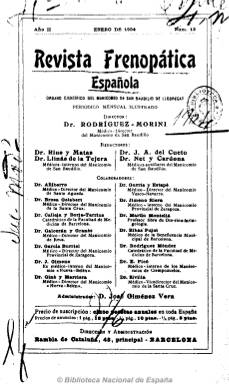
Título: Revista frenopática española
Colección: Medicina
Ámbito geográfico: Barcelona
Lugar de publicación: Barcelona
Fechas: 01/01/1904-31/12/1912

Una de las principales fuentes de producción de literatura científico-psiquiátrica de la época. Se publica como órgano de los manicomios de la Orden de San Juan de Dios de San Baudilio de Llobregat (Barcelona), Ciempozuelos (Madrid), Santa Águeda (Guipúzcoa) y Palencia, dirigida por una de las figuras más destacadas de la psiquiatría catalana, el doctor Antonio Rodríguez Morini (1863-1937). Contó con una amplia nómina de prestigiosos redactores y colaboradores alienistas, muchos de ellos miembros de la Sociedad de Psiquiatría y Neurología de Barcelona.

Publicó trabajos originales de autores españoles y extranjeros sobre psiquiatría y neuropatía, referencias clínicas y estadísticas de los establecimientos de los que fue órgano, noticias sobre el psicoanálisis, práctica quirúrgica, notas científicas y terapéuticas, diagnósticos, fórmulas y métodos, memorias y noticias de congresos internacionales, apuntes bibliográficos y biográficos, revista de prensa, nombramientos, anuncios comerciales, etc.

De periodicidad mensual, entre 32 y 38 páginas por número, aunque se dice ilustrado, carece de imágenes. Al final de cada año publica índices de autores y materias.